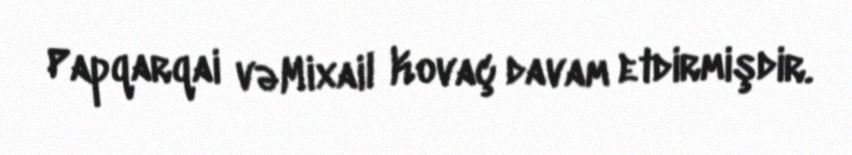
Papqarqai vəMixail Kovaç davam etdirmişdir.